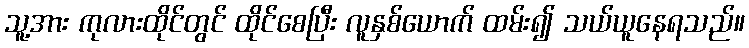
သူ့အား ကုလားထိုင်တွင် ထိုင်စေပြီး လူနှစ်ယောက် ထမ်း၍ သယ်ယူနေရသည်။